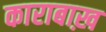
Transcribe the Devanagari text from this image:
काराबाख़